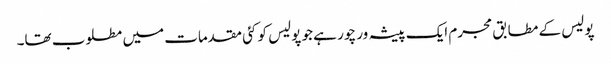
پولیس کے مطابق مجرم ایک پیشہ ور چور ہے جو پولیس کو کئی مقدمات میں مطلوب تھا۔